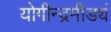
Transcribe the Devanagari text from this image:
योगीन्द्रमीड्यं